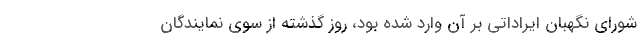
شورای نگهبان ایراداتی بر آن وارد شده بود، روز گذشته از سوی نمایندگان